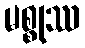
မစ္စုဿ